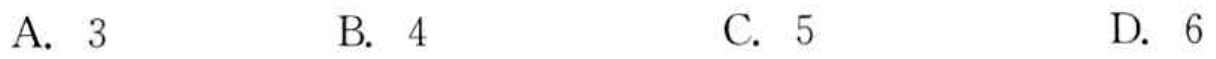
A. \(3\)  \(\qquad\) B. \(4\)  \(\qquad\) C. \(5\)  \(\qquad\) D. \(6\)